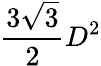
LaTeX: {\frac{3{\sqrt{3}}}{2}}D^{2}